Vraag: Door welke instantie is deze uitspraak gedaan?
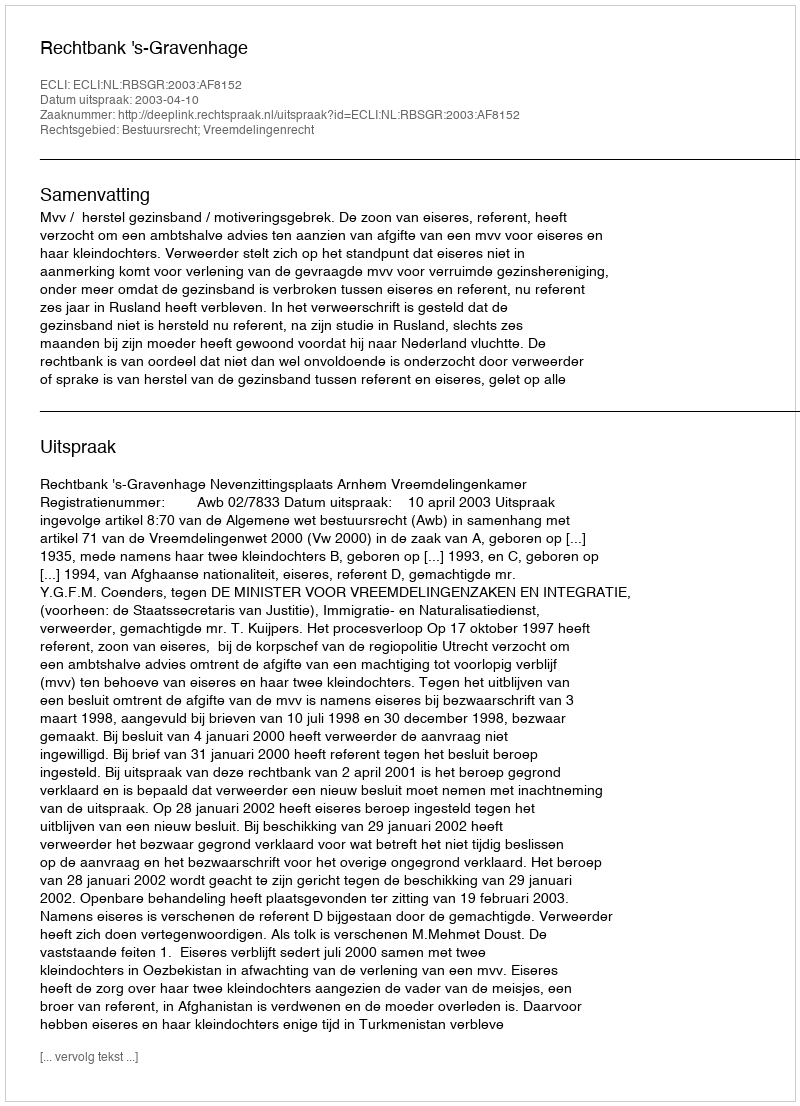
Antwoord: Rechtbank 's-Gravenhage